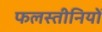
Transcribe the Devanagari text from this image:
फलस्तीनियों